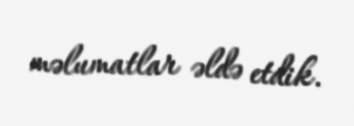
məlumatlar əldə etdik.